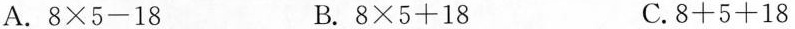
A.$$8\times 5-18$$ B.$$8\times 5+18$$ C.$$8+5+18$$